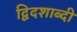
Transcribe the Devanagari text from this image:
द्विदशाब्दी